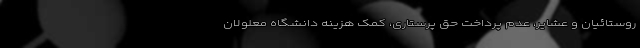
روستائیان و عشایر، عدم پرداخت حق پرستاری، کمک هزینه دانشگاه معلولان